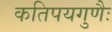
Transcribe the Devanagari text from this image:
कतिपयगुणैः